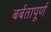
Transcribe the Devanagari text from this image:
बर्बतापूर्ण